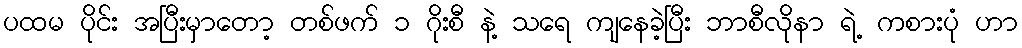
ပထမ ပိုင်း အပြီးမှာတော့ တစ်ဖက် ၁ ဂိုးစီ နဲ့ သရေ ကျနေခဲ့ပြီး ဘာစီလိုနာ ရဲ့ ကစားပုံ ဟာ